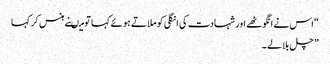
“ اس نے انگوٹھے اور شہادت کی انگلی کو ملاتے ہوئے کہا تو میںنے ہنس کر کہا
” چل بلا لے ۔